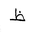
Letter: _za